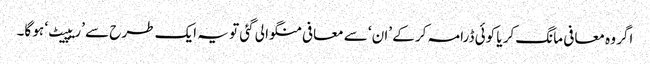
اگر وہ معافی مانگ کر یا کوئی ڈرامہ کر کے ’ان‘ سے معافی منگوا لی گئی تو یہ ایک طرح سے ’ریپیٹ‘ ہو گا۔